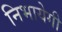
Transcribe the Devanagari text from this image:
निभायेगी